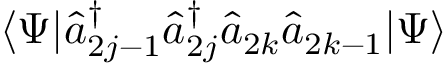
\langle \Psi | \hat { a } _ { 2 j - 1 } ^ { \dagger } \hat { a } _ { 2 j } ^ { \dagger } \hat { a } _ { 2 k } \hat { a } _ { 2 k - 1 } | \Psi \rangle